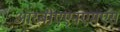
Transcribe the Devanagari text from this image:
आरबीएएनएमएस